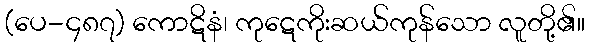
(ပေ-၄၈၇) ကောဋိနံ၊ ကုဋေကိုးဆယ်ကုန်သော လူတို့၏။